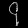
Digit: ၄